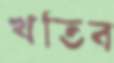
খতিব